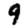
Digit: 9